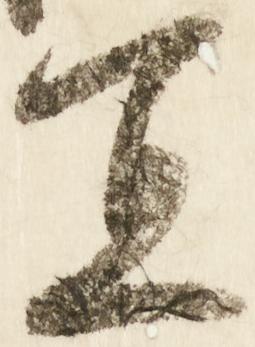
宜